Civil Veterinary Department Bihar & Orissa reports 1911-21 - 1911-1921
Year: 1911
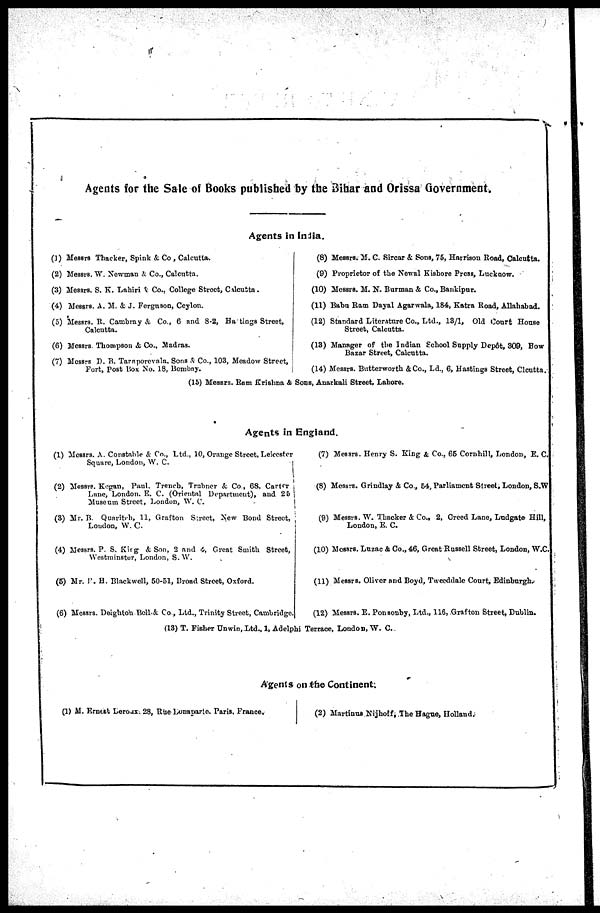
Agents for the Sale of Books published by the Bihar and Orissa Government.
Agents in India.
(1) Messrs Thacker, Spink & Co , Calcutta,
(2) Messrs. W. Newman & Co., Calcutta.
(3) Messrs. S. K. Labiri & Co.. College Street, Calcutta.
(4) Messrs. A. M. &. J. Ferguson, Ceylon.
(3) Messrs. R. Cambray & Co., 6 and 8 2, Ha tings Street,
Calcutta.
(6) Messrs. Thompson & Co., Madras.
(7) Messrs D. B. Taraporevnla. Sons & Co., 103, Meadow Street,
Fort, Post Box No. 18, Bombay.
(8) Messrs. M. C. Sircar & Sons, 75, Harrison Road, Calcutta.
(9) Proprietor of the Newal Kishore Press, Lucknow.
(10) Messrs. M. N. Burman & Co., Bankipur.
(11) Babu Ram Dayal Agarwala, 184, Katra Road, Allahabad.
(12) Standard Literature Co., Ltd., 13/1, Old Court House
Street, Calcutta.
(13) Manager of the Indian School Supply Dep6t, 309, Bow
Bazar Street, Calcutta.
(14) Messrs. Butterworth &Co., Ld., 6, Hastings Street, Clcutta.
(15) Messrs. Ram Krishna & Sous, Auatkali Street, Lahore.
Agents in England.
(1) Messrs. A. Constable & Co., Ltd., 10, Orange Street, Leicester
Square, London, W. C.
(2) Messrs. Kegran, Paul. Trench, Trabner & Co, 68. Carter
Lane, London. E. C. (Oriental Department), and 25
Museum Street, London, W. C.
(3) Mr. TV Qunritch, 11, Grafton Street, New Bond Street,
Loudon, W. C.
(4) Messrs. P. S. King & Son, 2 and 4, Great Smith Street,
Westminster, London, S. W.
(5) Mr. P. H. Blackwcll, 50-51, Broad Street, Oxford.
(6) Messrs. Doighton Bell & Co , Ltd., Trinity Street, Cambridge.
(7) Messrs. Henry S. King &, Co.. 66 Cornhill, London, E. C.
(8) Messrs. Grindlay & Co., 54, Parliament Street, London, S.W
(9) Messrs. W. Thacker & Co., 2, Creed Lane, Ludgate Hill,
London, E. C.
(10) Messrs. Luzac & Co., 46, Great Russell Street, London, W.C.
(11) Messrs. Oliver and Boyd, Tweeddale Court, Edinburgh.
(12) Messrs. E. Ponsouby, Ltd., 116, Grafton Street, Dublin.
(13) T. Fisher Unwin, Ltd.. 1, Adelphi Terrace, London, W. C.
Agents on the Continent;
(1) M. Erneet Leroux. 28, Rue Lonaparte. Paris. France.
(2) Martinus Nijhoff, The Hague, Holland.